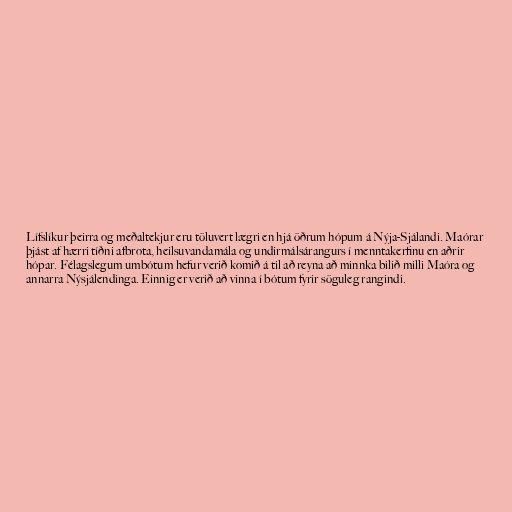
Lífslíkur þeirra og meðaltekjur eru töluvert lægri en hjá öðrum hópum á Nýja-Sjálandi. Maórar
þjást af hærri tíðni afbrota, heilsuvandamála og undirmálsárangurs í menntakerfinu en aðrir
hópar. Félagslegum umbótum hefur verið komið á til að reyna að minnka bilið milli Maóra og
annarra Nýsjálendinga. Einnig er verið að vinna í bótum fyrir söguleg rangindi.